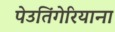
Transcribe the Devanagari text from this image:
पेउतिंगेरियाना